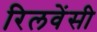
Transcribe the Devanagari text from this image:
रिलवेंसी